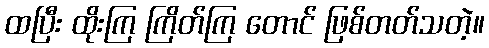
ထပြီး ထိုးကြ ကြိတ်ကြ တောင် ဖြစ်တတ်သတဲ့။